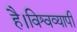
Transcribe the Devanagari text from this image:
है।विश्वव्यापी